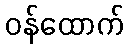
ဝန်ထောက်